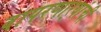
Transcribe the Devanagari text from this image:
वापरणार्‍यांची